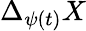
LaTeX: \Delta_{\psi(t)}X